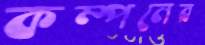
কম্পনের